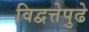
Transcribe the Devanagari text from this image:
विद्वत्तेपुढे